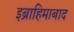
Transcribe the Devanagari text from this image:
इब्राहिमाबाद